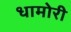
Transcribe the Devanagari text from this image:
धामोरी